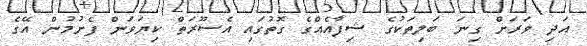
އަދި ވަރަށް ގިނަ ބަލިތަކުގެ ޝިފާއެއްގެ ގޮތުގައި އެސޫރަތް ކިޔަވަން ފެށުމުން އޭގެ